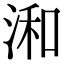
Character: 𣷓